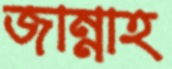
জান্নাহ